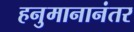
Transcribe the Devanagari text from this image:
हनुमानानंतर